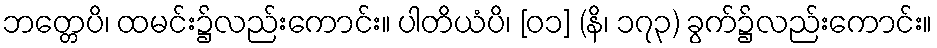
ဘတ္တေပိ၊ ထမင်း၌လည်းကောင်း။ ပါတိယံပိ၊ [၀၁] (နိ၊ ၁၇၃) ခွက်၌လည်းကောင်း။